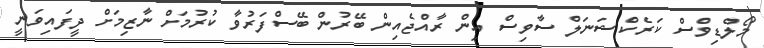
މޯލްޑިވްސް ކަރެކްޝަނަލް ސާވިސް އިން ރާއްޖެއިން ބޭރުން ބޭސްފަރުވާ ކުރުމަށް ނާޒިމަށް ދީފައިވަނީ